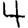
Digit: 4